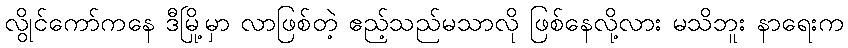
လွိုင်ကော်ကနေ ဒီမြို့မှာ လာဖြစ်တဲ့ ဧည့်သည်မသာလို ဖြစ်နေလို့လား မသိဘူး နာရေးက